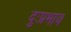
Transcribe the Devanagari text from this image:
दुःप्रभाव